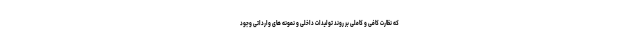
که نظارت کافی و کاملی بر روند تولیدات داخلی و نمونه های وارداتی وجود